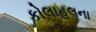
કોલાહલના